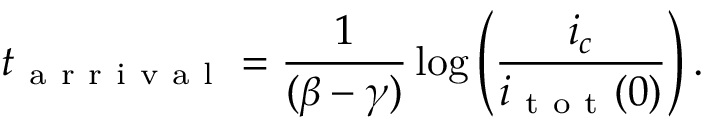
t _ { \mathrm { ~ a ~ r ~ r ~ i ~ v ~ a ~ l ~ } } = \frac { 1 } { ( \beta - \gamma ) } \log \left( \frac { i _ { c } } { i _ { \mathrm { ~ t ~ o ~ t ~ } } ( 0 ) } \right) .